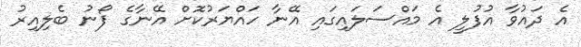
އެ ދައުވާ އުފުލީ އެ މައްސަލައިގައި އޭނާ ހައްޔަރުކޮށް އޭނާގެ ފޯނު ބެލިއިރު